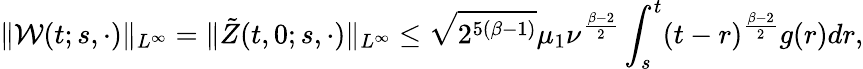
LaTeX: \| \mathcal{W}(t;s,\cdot)\| _{L^{\infty}}=\| \tilde{Z}(t,0;s,\cdot)\| _{L^{\infty}}\leq\sqrt{2^{5(\beta-1)}}\mu_{1}\nu^{\frac{\beta-2}{2}}\int_{s}^{t}(t-r)^{\frac{\beta-2}{2}}g(r)dr,